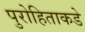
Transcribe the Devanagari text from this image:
पुरोहिताकडे